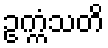
ဥက္ကံသတိ